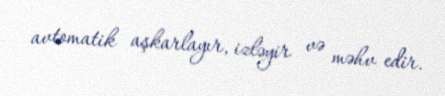
avtomatik aşkarlayır, izləyir və məhv edir.